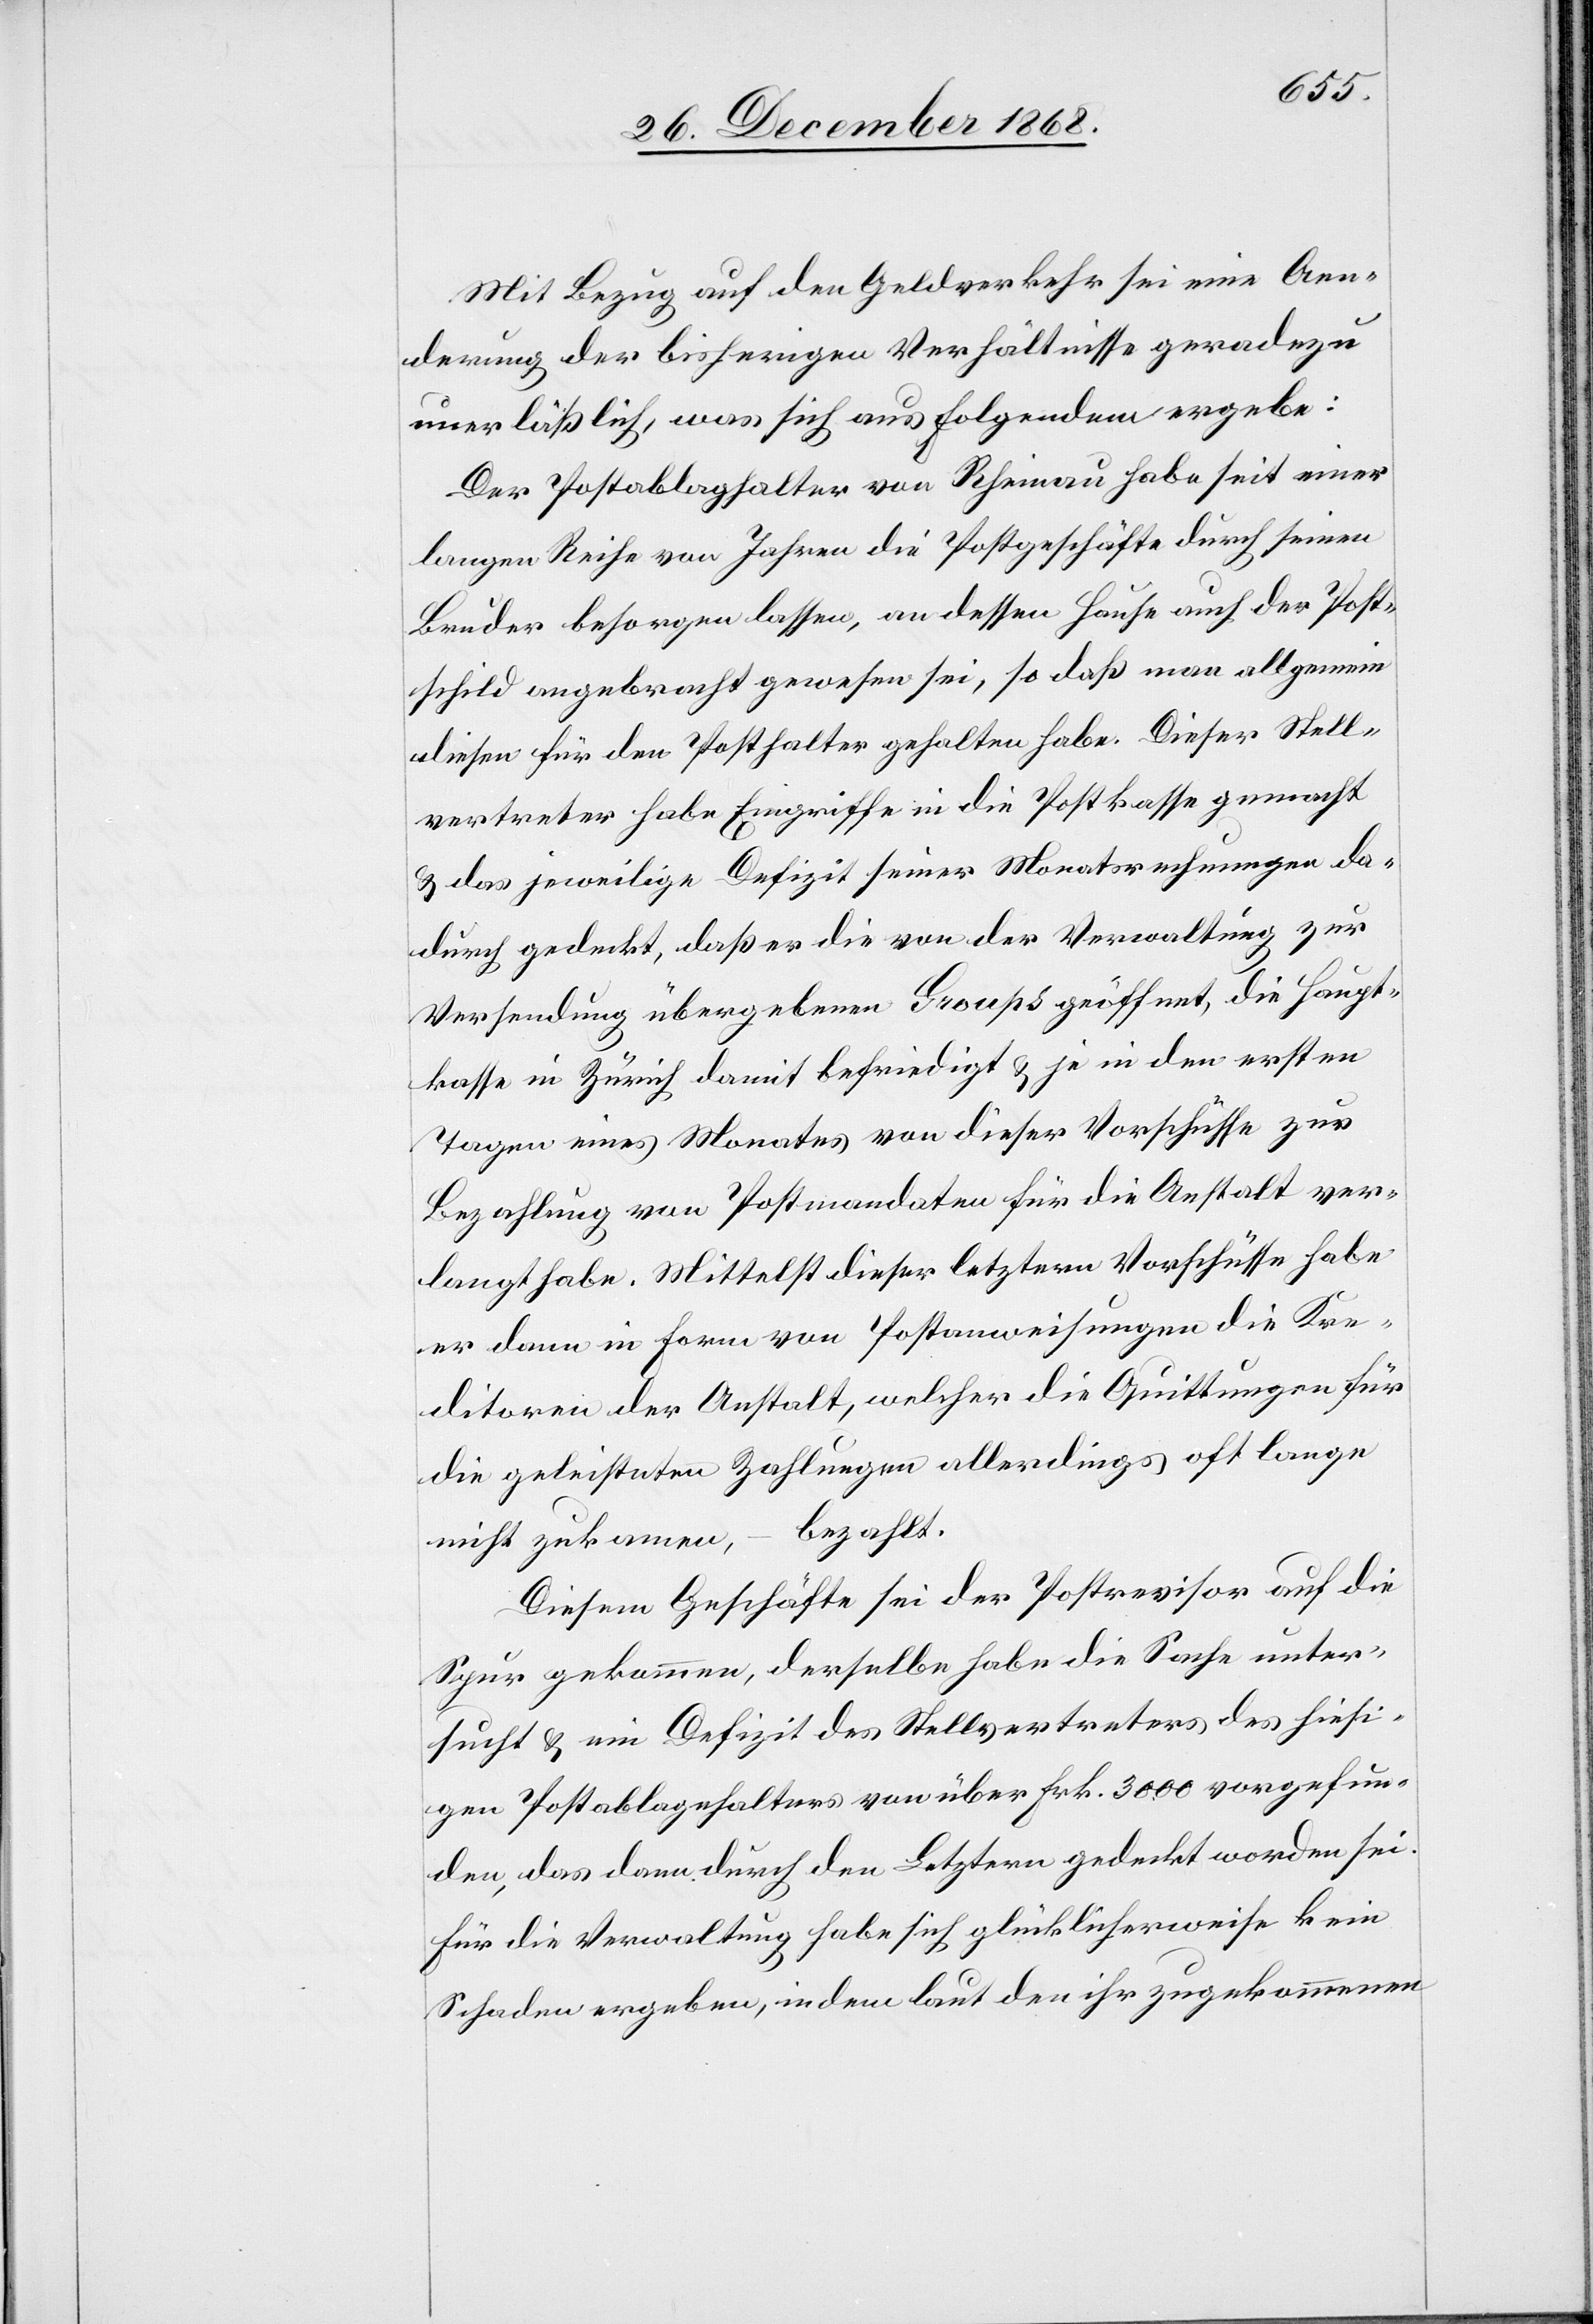
Mit Bezug auf den Geldverkehr sei eine Aen¬
derung der bisherigen Verhältnisse geradezu
unerläßlich, was sich aus Folgendem ergebe:
Der Postablaghalter von Rheinau habe seit einer
langen Reihe von Jahren die Postgeschäfte durch seinen
Bruder besorgen lassen, an dessen Hause auch der Post¬
schild angebracht gewesen sei, so daß man allgemein
diesen für den Posthalter gehalten habe. Dieser Stell¬
vertreter habe Eingriffe in die Postkasse gemacht
& das jeweilige Defizit seiner Monatsrechnungen da¬
durch gedeckt, daß er die von der Verwaltung zur
Versendung übergebenen Groups geöffnet, die Haupt¬
kasse in Zürich damit befriedigt & je in den ersten
Tagen eines Monates von dieser Vorschüsse zur
Bezahlung von Postmandaten für die Anstalt ver¬
langt habe. Mittelst dieser letztern Vorschüsse habe
er dann in Form von Postanweisungen die Kre¬
ditoren der Anstalt, welcher die Quittungen für
die geleisteten Zahlungen allerdings oft lange
nicht zukamen, – bezahlt.
Diesem Geschäfte sei der Postrevisor auf die
Spur gekommen, derselbe habe die Sache unter¬
sucht & ein Defizit des Stellvertreters des hiesi¬
gen Postablagehalters von über Frk. 3000 vorgefun¬
den, das dann durch den Letztern gedeckt worden sei.
Für die Verwaltung habe sich glücklicherweise kein
Schaden ergeben, indem laut den ihr zugekommenen